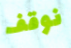
نوقف